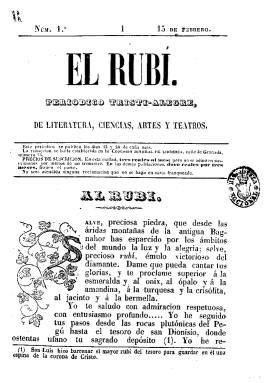
Título: El Rubí (Málaga)
Colección: Semanarios de amenidades
Ámbito geográfico: Málaga
Lugar de publicación: Málaga
Fechas: 15/02/1846-30/11/1846

Con el subtítulo “periódico triste-alegre de literatura, ciencias, artes y teatros”, el impresor Antonio Benigno Cabrera editó esta publicación, desde el 15 de febrero al 30 de noviembre de 1846, en entregas en un formato en 4º, de doce páginas, compuestas a una columna. La colección de la Biblioteca Nacional de España contiene los 22 números que corresponden a ese periodo, que aparecieron quincenalmente, los días 15 y 30 de cada mes, y que, con paginación continuada, suman un total de 282 páginas.

La redacción del periódico, enmarcado en el incipiente movimiento romántico y costumbrista, estuvo en la Comisión General de Librería, en la calle Granada, 74, lugar del establecimiento tipográfico de Cabrera, que también es autor de un buen número de textos que aparecen publicados y rubricados con la inicial C.

Contiene sobre todo textos de creación literaria en prosa, como son sus narraciones, algunas de ellas pequeñas novelas históricas, algún cuadro de costumbres y hasta un artículo bajo el epígrafe La dignidad social; así como un importante número de composiciones en verso. A ello se suma una Crónica teatral, o de espectáculos cuando ofrece también reseñas taurinas. Destacan también unos bellos grabados que hacen la función de letras capitales.

La mayor parte de sus firmas corresponden a seudónimos: Aben-el-Beithar, El Pobre Diablo, El Tío Crepúsculo o Simeoncito Barcianaga, así como a iniciales, como T.D.C. También aparecen como autores José Sánchez Albarrán, Vicente Mérida y Priet,  J.G. Zorrilla o R. rabadán.